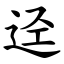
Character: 迳